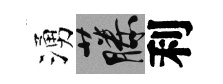
湧藤利